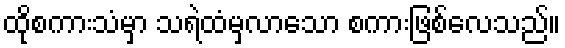
ထိုစကားသံမှာ သရဲထံမှလာသော စကားဖြစ်လေသည်။